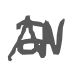
Text: a
Cross-out: zig-zag
Writing tool: digital_gray